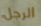
الرجل